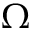
\Omega